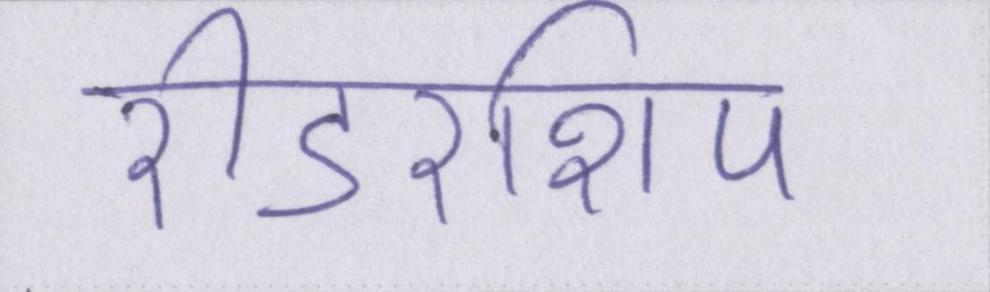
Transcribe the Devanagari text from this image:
रीडरशिप